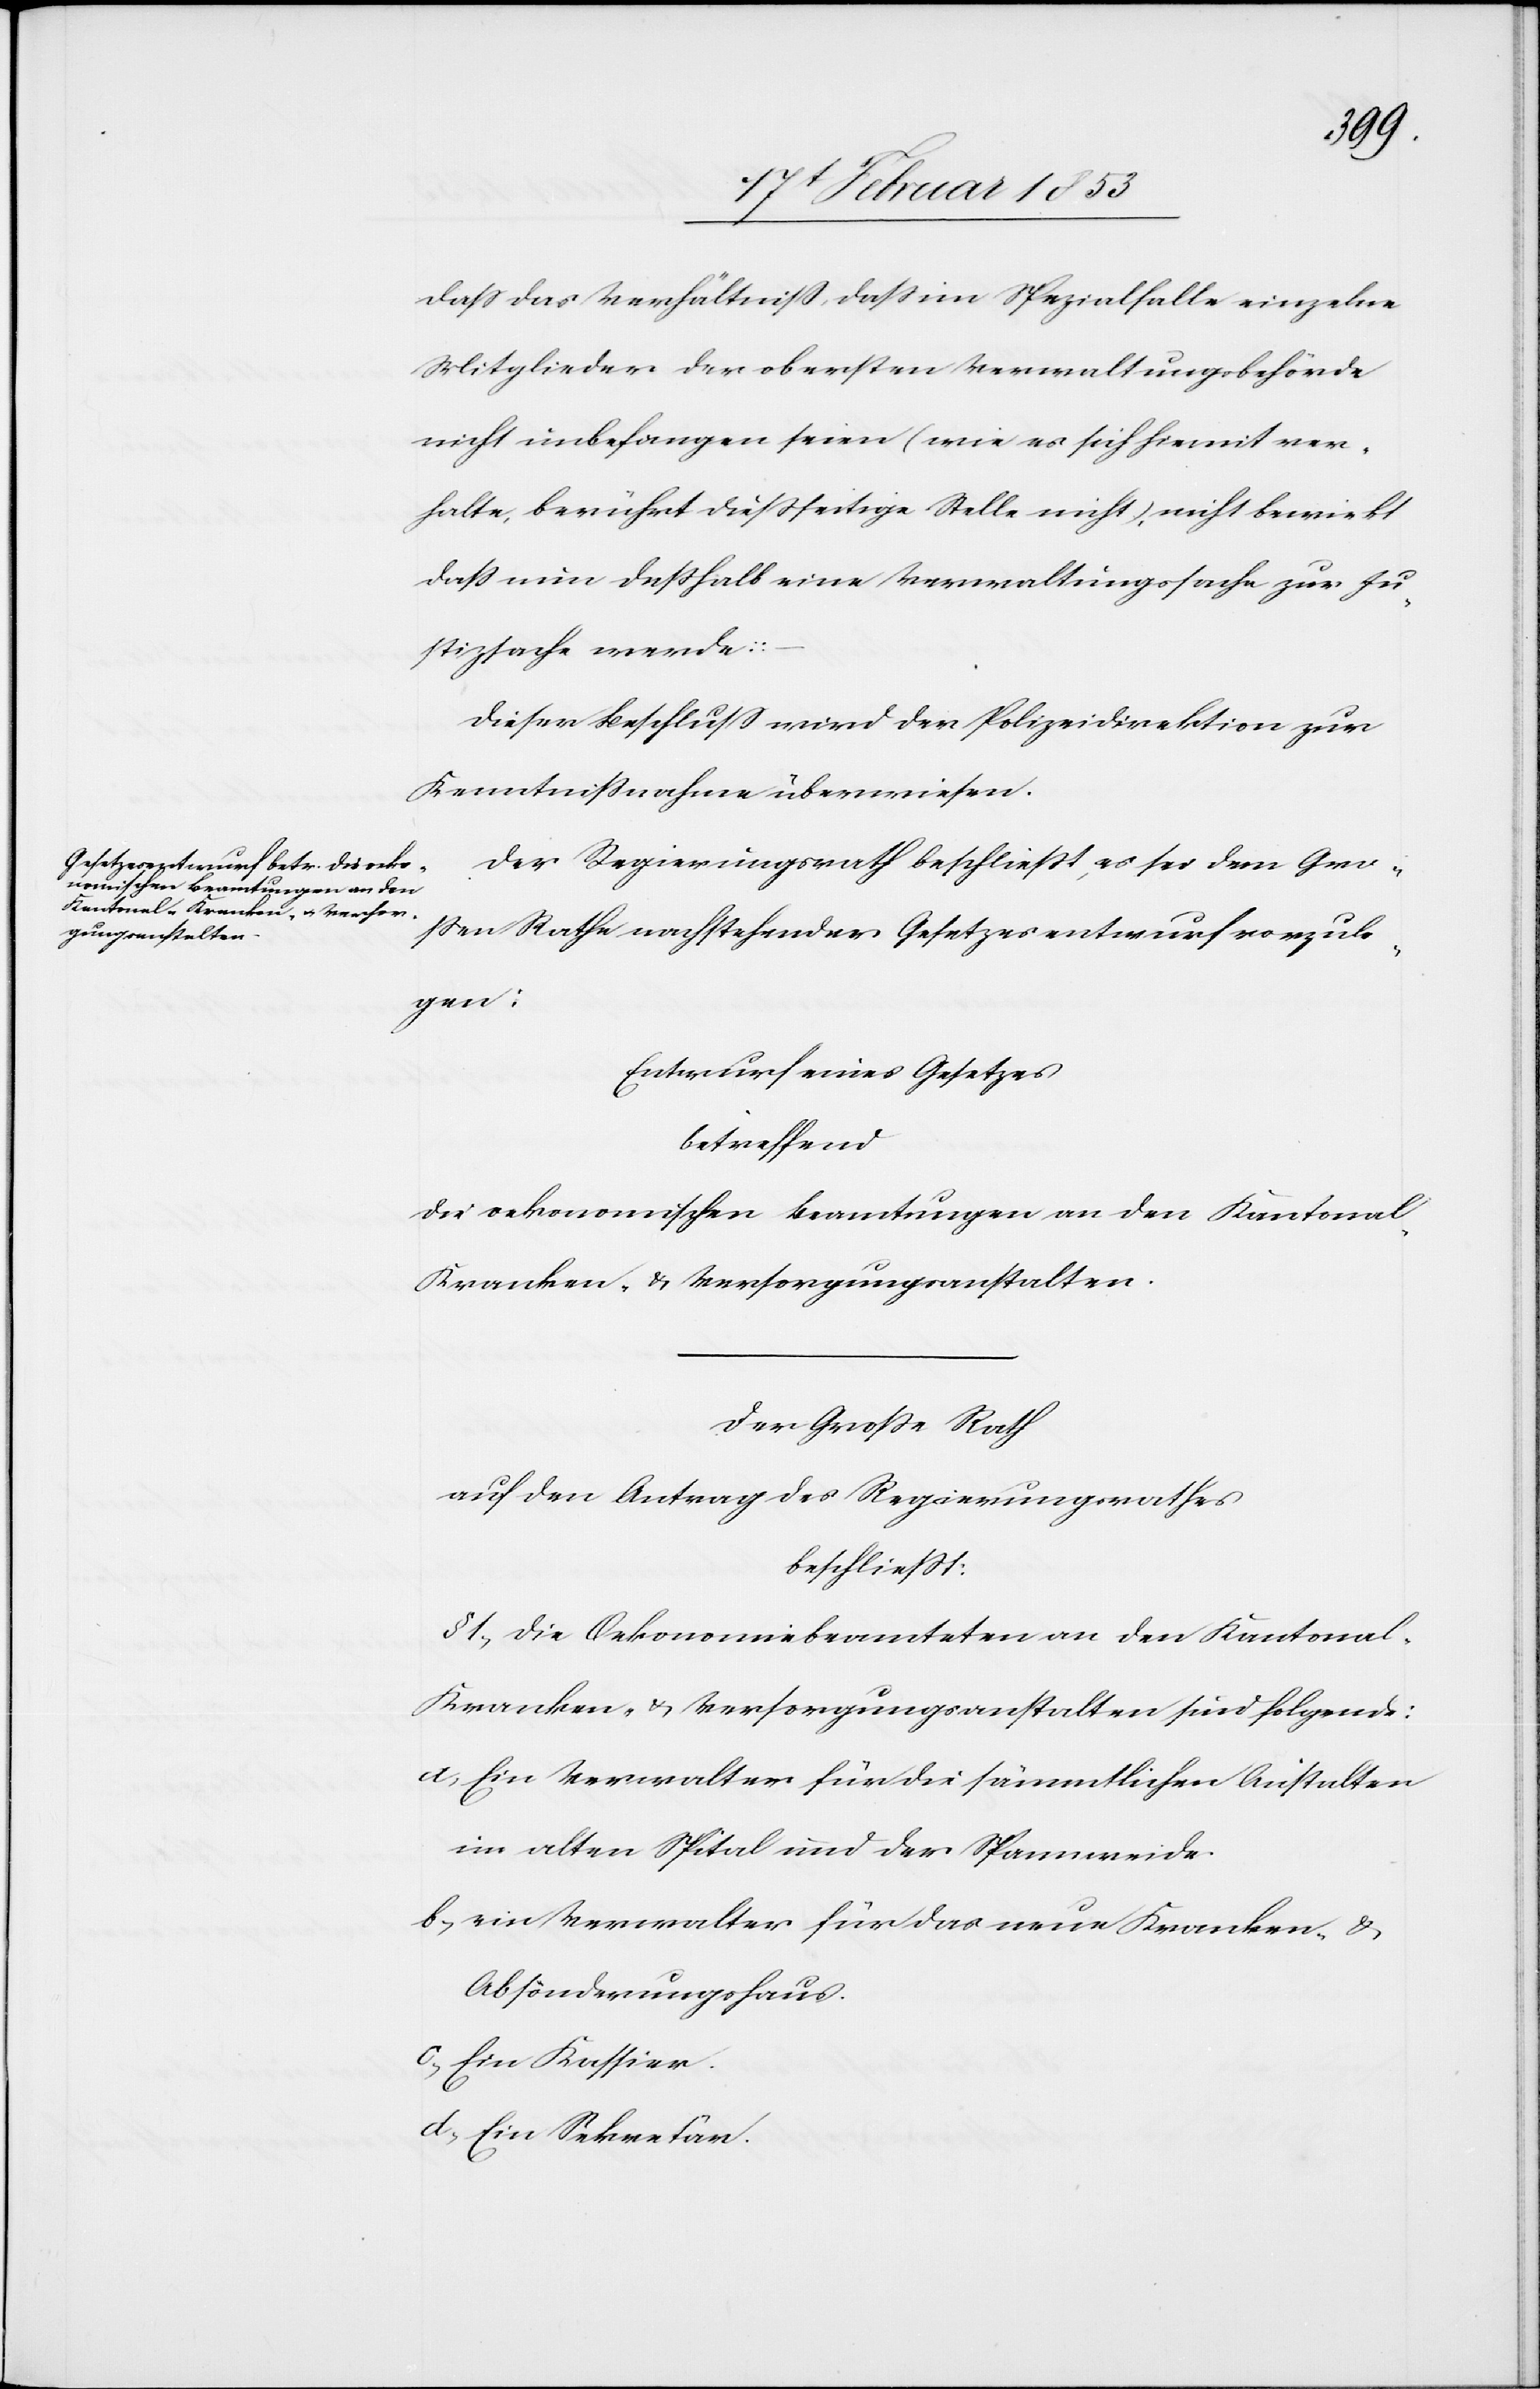
daß das Verhältniß, daß im Spezialfalle einzelne
Mitglieder der obersten Verwaltungsbehörde
nicht unbefangen seien (wie es sich hiemit ver¬
halte, berührt dießseitige Stelle nicht) nicht bewirkt
dass nun desshalb eine Verwaltungssache zur Ju¬
stizsache werde:
Dieser Beschluss wird der Polizeidirektion zur
Kenntnissnahme überwiesen.
Der Regierungsrath beschließt, es sei dem Gro¬
ßen Rathe nachstehender Gesetzesentwurf vorzule¬
gen:
Entwurf eines Gesetzes
betreffend
die oekonomische Beamtungen an den Kantonal-
Kranken- u. Versorgungsanstalten.
Der Große Rath
auf den Antrag des Regierungsrathes
beschließt:
§ 1, Die Oekonomiebeamteten an den Kantonal-
Kranken- u. Versorgungsanstalten sind folgende:
a, Ein Verwalter für die sämmtlichen Anstalten
im alten Spital und der Spannweide.
b, ein Verwalter für das neue Kranken- u.
Absönderungshaus.
c, Ein Kassier.
d, Ein Sekretär.